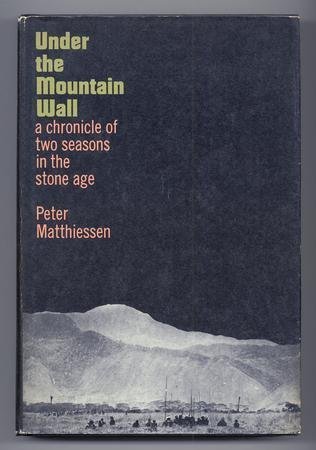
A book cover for Under the Mountain Wall: A Chronicle of Two Seasons in Stone Age New Guinea; Peter Matthiessen; History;